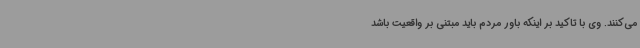
می‌کنند. وی با تاکید بر اینکه باور مردم باید مبتنی بر واقعیت باشد